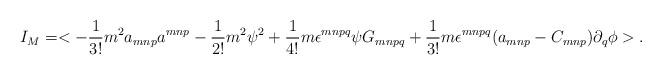
LaTeX: \begin{align*}I_M = <-\frac{1}{3!}m^2 a_{mnp}a^{mnp} - \frac{1}{2!}m^2\psi ^2 + \frac{1}{4!}m\epsilon^{mnpq}\psi G_{mnpq} + \frac{1}{3!}m\epsilon^{mnpq}(a_{mnp} - C_{mnp})\partial_q\phi>.\end{align*}